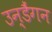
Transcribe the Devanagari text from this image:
उन्डैंगन